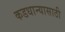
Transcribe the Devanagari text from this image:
कडधान्यासाठी